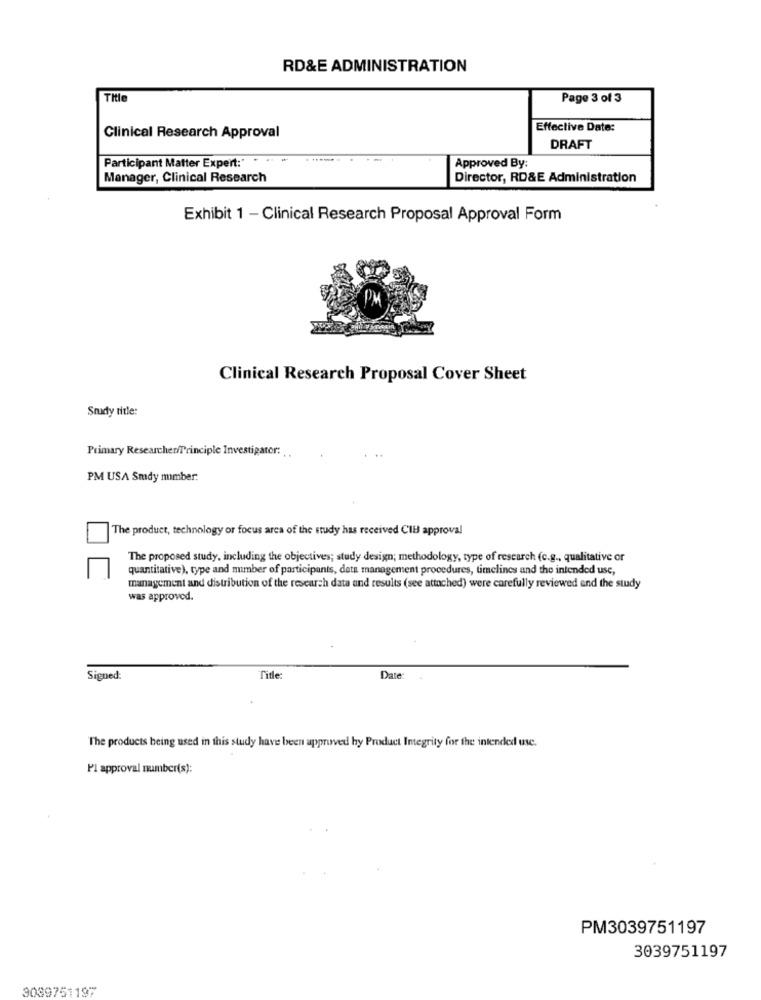
RD&E ADMINISTRATION
Title
Page 3 of 3
Effective Date:
Clinical Research Approval
DRAFT
Participant Matter Expert:" . .
......
Approved By
Manager, Clinical Research
Director, RD&E Administration
Exhibit 1 - Clinical Research Proposal Approval Form
Clinical Research Proposal Cover Sheet
Snady title:
Primary Researcher Principle Investigator:
PM USA Smdy mmber:
The product, technology or focus arca of the study has received Cli approval
The proposed study, including the objectives; study design; methodology, type of research (c.g ., qualitative or
quantitative), type and mumber of participants, data management procedures, timelines and the intended use,
management and distribution of the research data and results (see attached) were carefully reviewed and the study
was approved.
Signed:
Title:
Date:
The products being used in this study have been approved by Product Integrity for the intended use.
Pl approval number(s):
PM3039751197
3039751197
3039751197